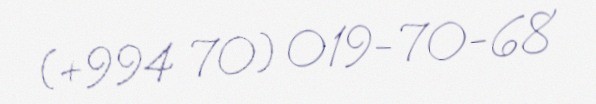
(+994 70) 019-70-68